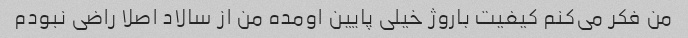
من فکر می‌کنم کیفیت باروژ خیلی پایین اومده من از سالاد اصلا راضی نبودم